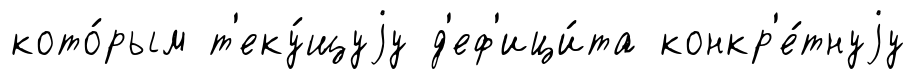
кото́рым т'еку́щуjу д'еф'ици́та конкр'е́тнуjу